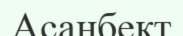
Асанбект